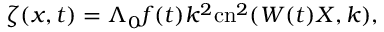
\zeta ( x , t ) = \Lambda _ { 0 } f ( t ) k ^ { 2 } \mathrm { c n } ^ { 2 } ( W ( t ) X , k ) ,